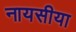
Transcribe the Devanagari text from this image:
नायसीया